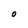
Character: O